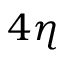
4 \eta